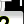
Digit: 2